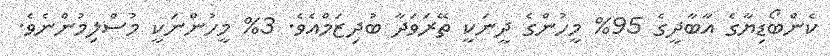
ކެންބޯޑިޔާގެ އާބާދީގެ 95% މީހުންގެ ދީނަކީ ތޭރަވަދާ ބުދިޒަމްއެވެ. 3% މީހުންނަކީ މުސްލިމުންނެވެ.